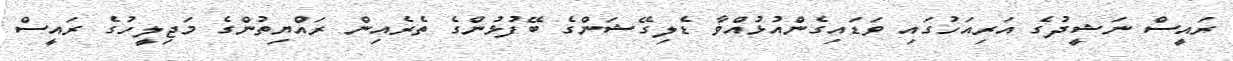
ރައީސް ނަޝީދުގެ އަރިއަހުގައި ވަޑައިގެންއުޅުއްވާ ޑެލިގޭޝަންގެ ބޭފުޅުންގެ ތެރެއިން ރައްޔިތުންގެ މަޖިލީހުގެ ރައީސް